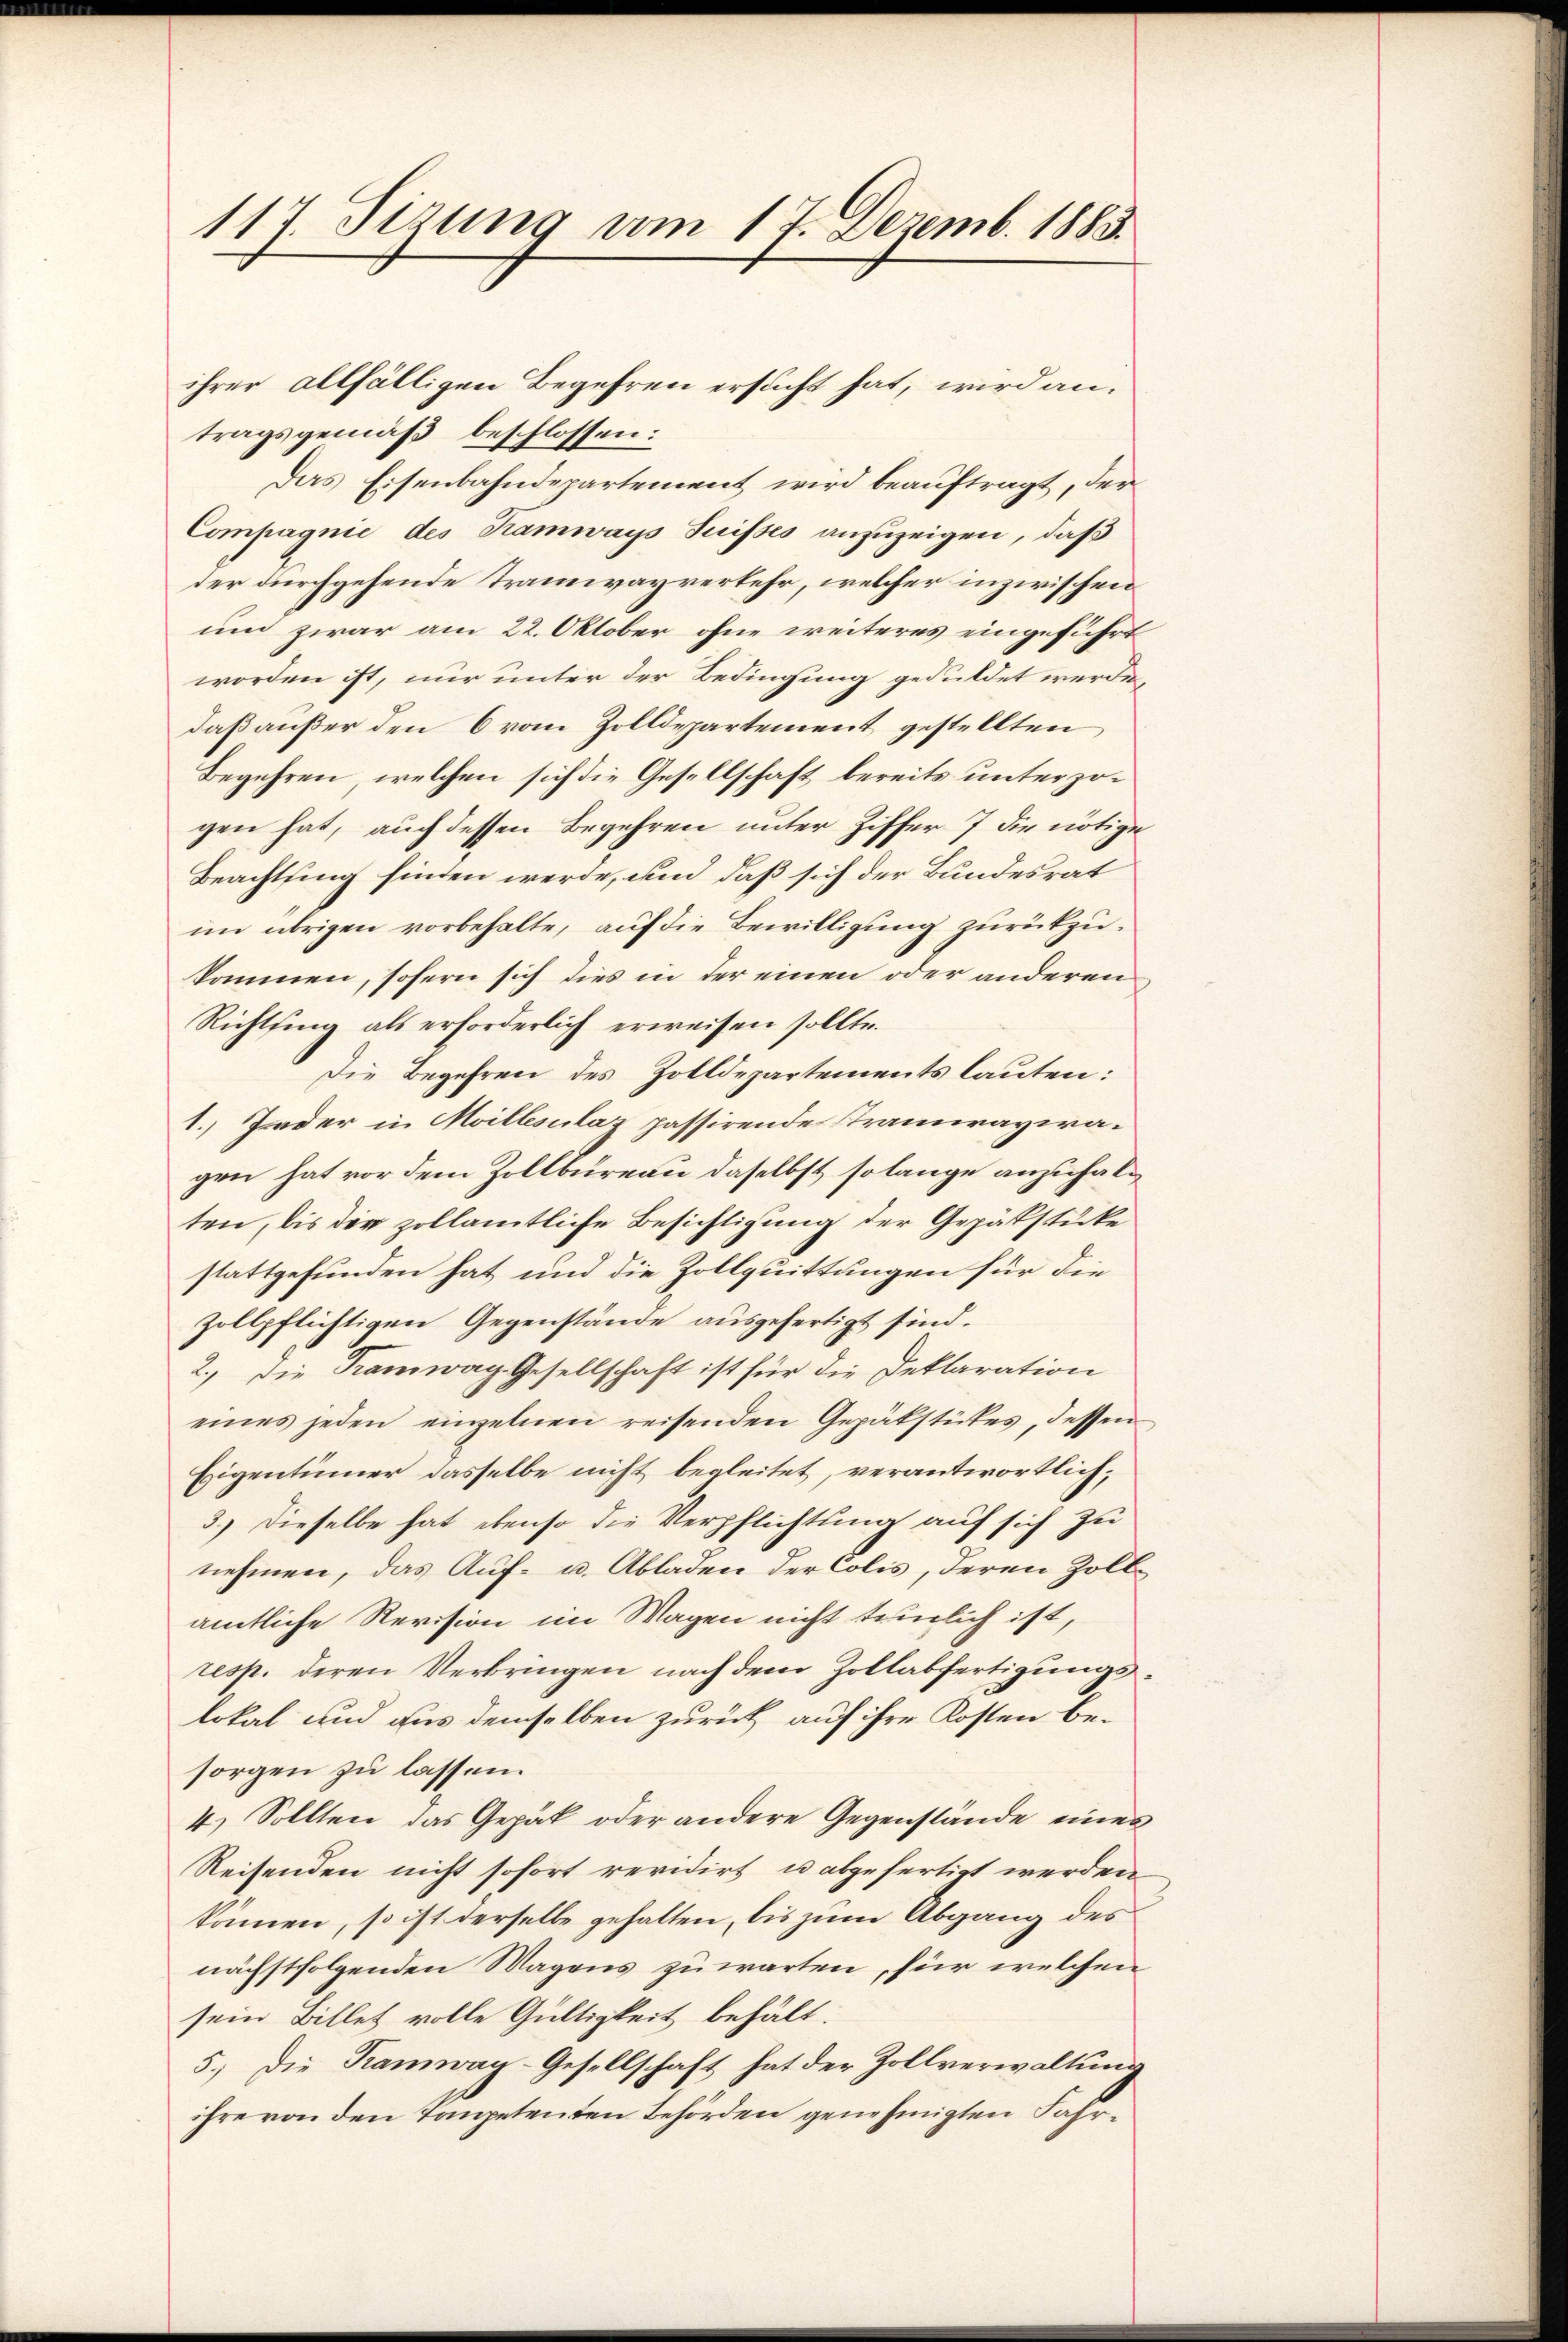
117. Sizung am 17. Dezemb. 1883.

tragsgemäß beschlossen:
Das Eisenbahndepartement wird beauftragt, der
Compagnie des Kamways Suisses anzuzeigen, daß
der durchgehende Tramwayverkehr, welcher inzwischen
um zwar am 22. Oktober ohne weiteres eingeführt
worden ist, nur unter der Bedingung geduldet werde,
daß außer den 6 vom Zolldepartement gestellten,
Begehren, welchen sich die Gesellschaft bereits unterzogen hat, auch dessen Begehren unter Ziffer 7 die nötige
Beachtung finden werde, und daß sich der Bundesrat
im übrigen vorbehalte, auf die Bewilligung zurückzukommen, sofern sich dies in der einen oder anderen
Richtsing als erforderlich erweisen sollte.
Die Begehren des Zolldepartements lauten:
1.) Jeder in Moillesulaz passirende Tramwayiragen hat vor dem Zollbüreau daselbst, so lange anzuhalten, bis die zollamtliche Besichtigung der Gepätstücke
stattgefunden hat, und die Zollquittungen für die
zollpflichtigen Gegenstände ausgefertigt sind.
2.) Die Tramwag Gesellschaft ist für die Deklaration
eines jeden einzelnen reisenden Gepäkstükes, dessen
Eigentümer dasselbe nicht begleitet, verantwortlich,
3.) Dieselbe hat ebenso die Verpflichtung auf sich zu
nehmen, das Auf- u. Abladen der Colis, deren Zollamtliche Revision im Wagen nicht teilich ist,
resp. deren Verbringen nach dem Zollabfertigungslokal und aus demselben zurück auf ihre Kosten besorgen zu lassen.
4.) Sollten das Gepäck oder andere Gegenstände eines
Reisenden nicht sofort revidirt u abgefertigt werden.
können, so ist derselbe gehalten, bis zum Abgang des
nächstfolgenden Magens zuwarten, für welchen
sein Billet volle Gültigkeit behält.
5.) Die Kamway-Gesellschaft hat der Zollverwaltung
ihre von den Tanpetenten Behörden genehmigten Fahr¬

ihrer allfälligen Begehren ersucht hat, wird an.